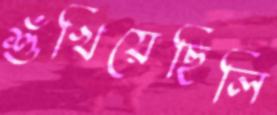
শুঁখিয়েছিলি